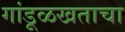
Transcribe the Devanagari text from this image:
गांडूळखताचा